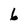
Character: 6